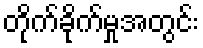
တိုက်ခိုက်မှုအတွင်း